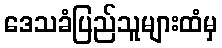
ဒေသခံပြည်သူများထံမှ